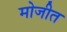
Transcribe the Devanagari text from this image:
मोजीत